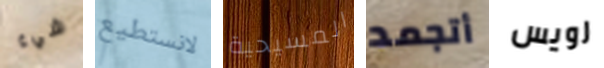
شيء لانستطيع المسيحية أتجمد رويس